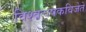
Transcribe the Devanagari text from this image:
विश्वचषकविजेते